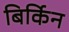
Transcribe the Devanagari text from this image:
बिर्किन